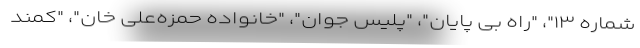
شماره ۱۳"، "راه بی پایان"، "پلیس جوان"، "خانواده حمزه‌علی خان"، "کمند